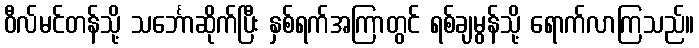
ဝီလ်မင်တန်သို့ သင်္ဘောဆိုက်ပြီး နှစ်ရက်အကြာတွင် ရစ်ချမွန်သို့ ရောက်လာကြသည်။